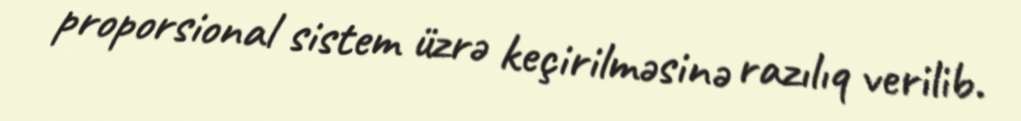
proporsional sistem üzrə keçirilməsinə razılıq verilib.